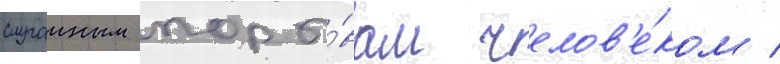
случаиным поры́вам челов'е́ком /